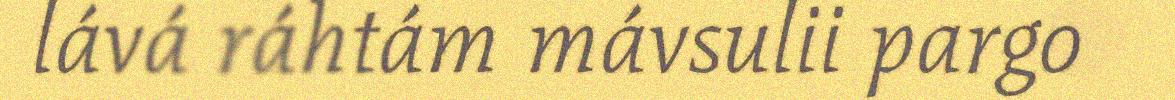
lává ráhtám mávsulii pargo